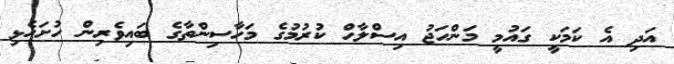
އަދި އެ ކަމަކީ ގައުމީ މަންހަޖު އިސްލާހް ކުރުމުގެ މަހާސިންތާގެ ބައިވެރިން ހުށަހެޅި